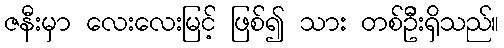
ဇနီးမှာ လေးလေးမြင့် ဖြစ်၍ သား တစ်ဦးရှိသည်။